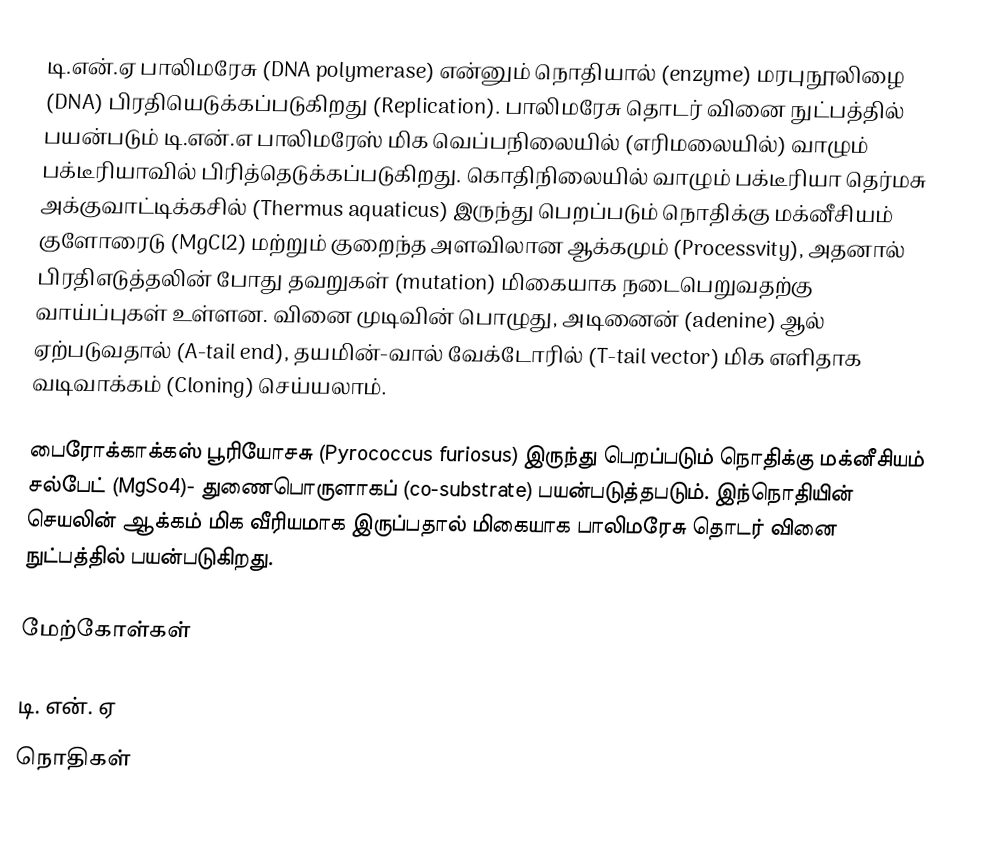
டி.என்.ஏ பாலிமரேசு (DNA polymerase) என்னும் நொதியால் (enzyme) மரபுநூலிழை (DNA) பிரதியெடுக்கப்படுகிறது (Replication). பாலிமரேசு தொடர் வினை நுட்பத்தில் பயன்படும் டி.என்.எ பாலிமரேஸ் மிக வெப்பநிலையில் (எரிமலையில்) வாழும் பக்டீரியாவில் பிரித்தெடுக்கப்படுகிறது. கொதிநிலையில் வாழும் பக்டீரியா தெர்மசு அக்குவாட்டிக்கசில் (Thermus aquaticus) இருந்து பெறப்படும் நொதிக்கு மக்னீசியம் குளோரைடு (MgCl2) மற்றும் குறைந்த அளவிலான ஆக்கமும் (Processvity), அதனால் பிரதிஎடுத்தலின் போது தவறுகள் (mutation) மிகையாக நடைபெறுவதற்கு வாய்ப்புகள் உள்ளன. வினை முடிவின் பொழுது, அடினைன் (adenine) ஆல் ஏற்படுவதால் (A-tail end), தயமின்-வால் வேக்டோரில் (T-tail vector) மிக எளிதாக வடிவாக்கம் (Cloning) செய்யலாம்.

பைரோக்காக்கஸ் பூரியோசசு (Pyrococcus furiosus) இருந்து பெறப்படும் நொதிக்கு மக்னீசியம் சல்பேட் (MgSo4)- துணைபொருளாகப் (co-substrate) பயன்படுத்தபடும். இந்நொதியின் செயலின் ஆக்கம் மிக வீரியமாக இருப்பதால் மிகையாக பாலிமரேசு தொடர் வினை நுட்பத்தில் பயன்படுகிறது.

மேற்கோள்கள்

டி. என். ஏ
நொதிகள்